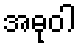
အဓုဝါ